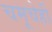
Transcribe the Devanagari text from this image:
चमूचेही